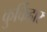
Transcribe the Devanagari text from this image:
कुर्किहार